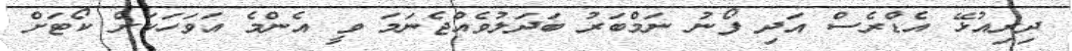
ދިރިއުޅޭ އެޑްރެސް އަދި ފޯނު ނަމްބަރު ބަދަލުވެއްޖެނަމަ ވީ އެންމެ އަވަހަކަށް ކޯޓަށް